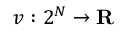
v : 2 ^ { N } \to \mathbf { R }